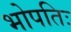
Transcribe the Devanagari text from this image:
भोपतिः